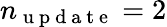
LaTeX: n_{\mathrm{~u~p~d~a~t~e~}}=2